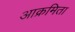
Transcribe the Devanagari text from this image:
आक्रमिता